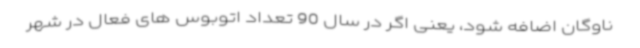
ناوگان اضافه شود، یعنی اگر در سال 90 تعداد اتوبوس های فعال در شهر